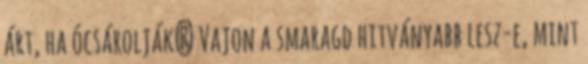
árt, ha ócsárolják? Vajon a smaragd hitványabb lesz-e, mint